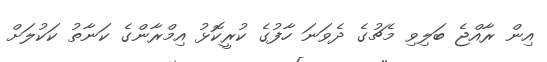
އިން ރާއްޖެ ބަލިވި މެޗުގެ ދެވަނަ ހާފުގެ ކުރީކޮޅު އިމްރާންގެ ކަނާތު ކަކުލަށް